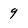
Character: 9